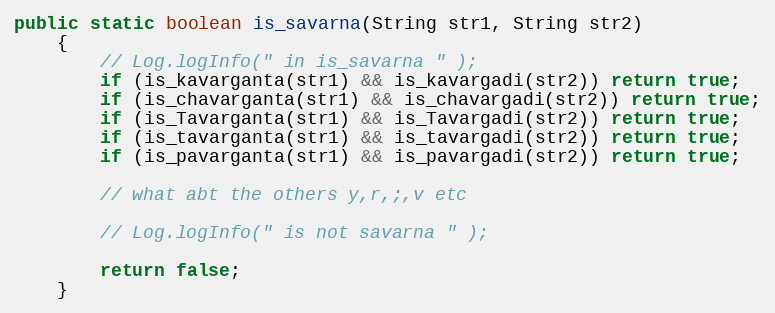
Language: Java
public static boolean is_savarna(String str1, String str2)
    {
        // Log.logInfo(" in is_savarna " );
        if (is_kavarganta(str1) && is_kavargadi(str2)) return true;
        if (is_chavarganta(str1) && is_chavargadi(str2)) return true;
        if (is_Tavarganta(str1) && is_Tavargadi(str2)) return true;
        if (is_tavarganta(str1) && is_tavargadi(str2)) return true;
        if (is_pavarganta(str1) && is_pavargadi(str2)) return true;

        // what abt the others y,r,;,v etc

        // Log.logInfo(" is not savarna " );

        return false;
    }